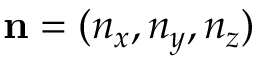
\mathbf { n } = ( n _ { x } , n _ { y } , n _ { z } )